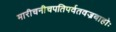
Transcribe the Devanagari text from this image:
मारीचनीचपतिपर्वतवज्रबाहोः